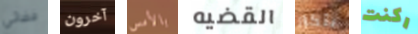
فضائى آخرون بالأمس القضيه بتكرار ركنت